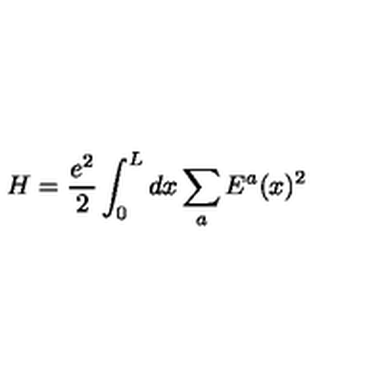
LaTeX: H = \frac { e ^ { 2 } } { 2 } \int _ { 0 } ^ { L } d x \sum _ { a } E ^ { a } ( x ) ^ { 2 }